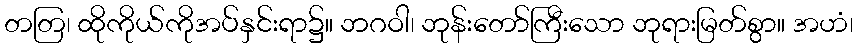
တတြ၊ ထိုကိုယ်ကိုအပ်နှင်းရာ၌။ ဘဂဝါ၊ ဘုန်းတော်ကြီးသော ဘုရားမြတ်စွာ။ အဟံ၊